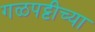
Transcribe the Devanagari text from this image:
गळपट्टीच्या